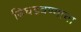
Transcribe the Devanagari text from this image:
बिघडवण्याचा